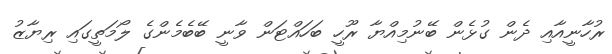
ރުހާނީއާއި ދެން ގުޅެން ބޭނުމިއްޔާ ރޫހީ ބަހައްޓަން ވާނީ ބޭބެމެންގެ ލޯމަތީގައި ރިޔާޒު